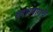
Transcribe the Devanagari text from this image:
यशामागचे